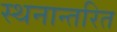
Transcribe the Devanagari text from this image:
स्थनान्तरित